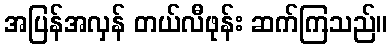
အပြန်အလှန် တယ်လီဖုန်း ဆက်ကြသည်။